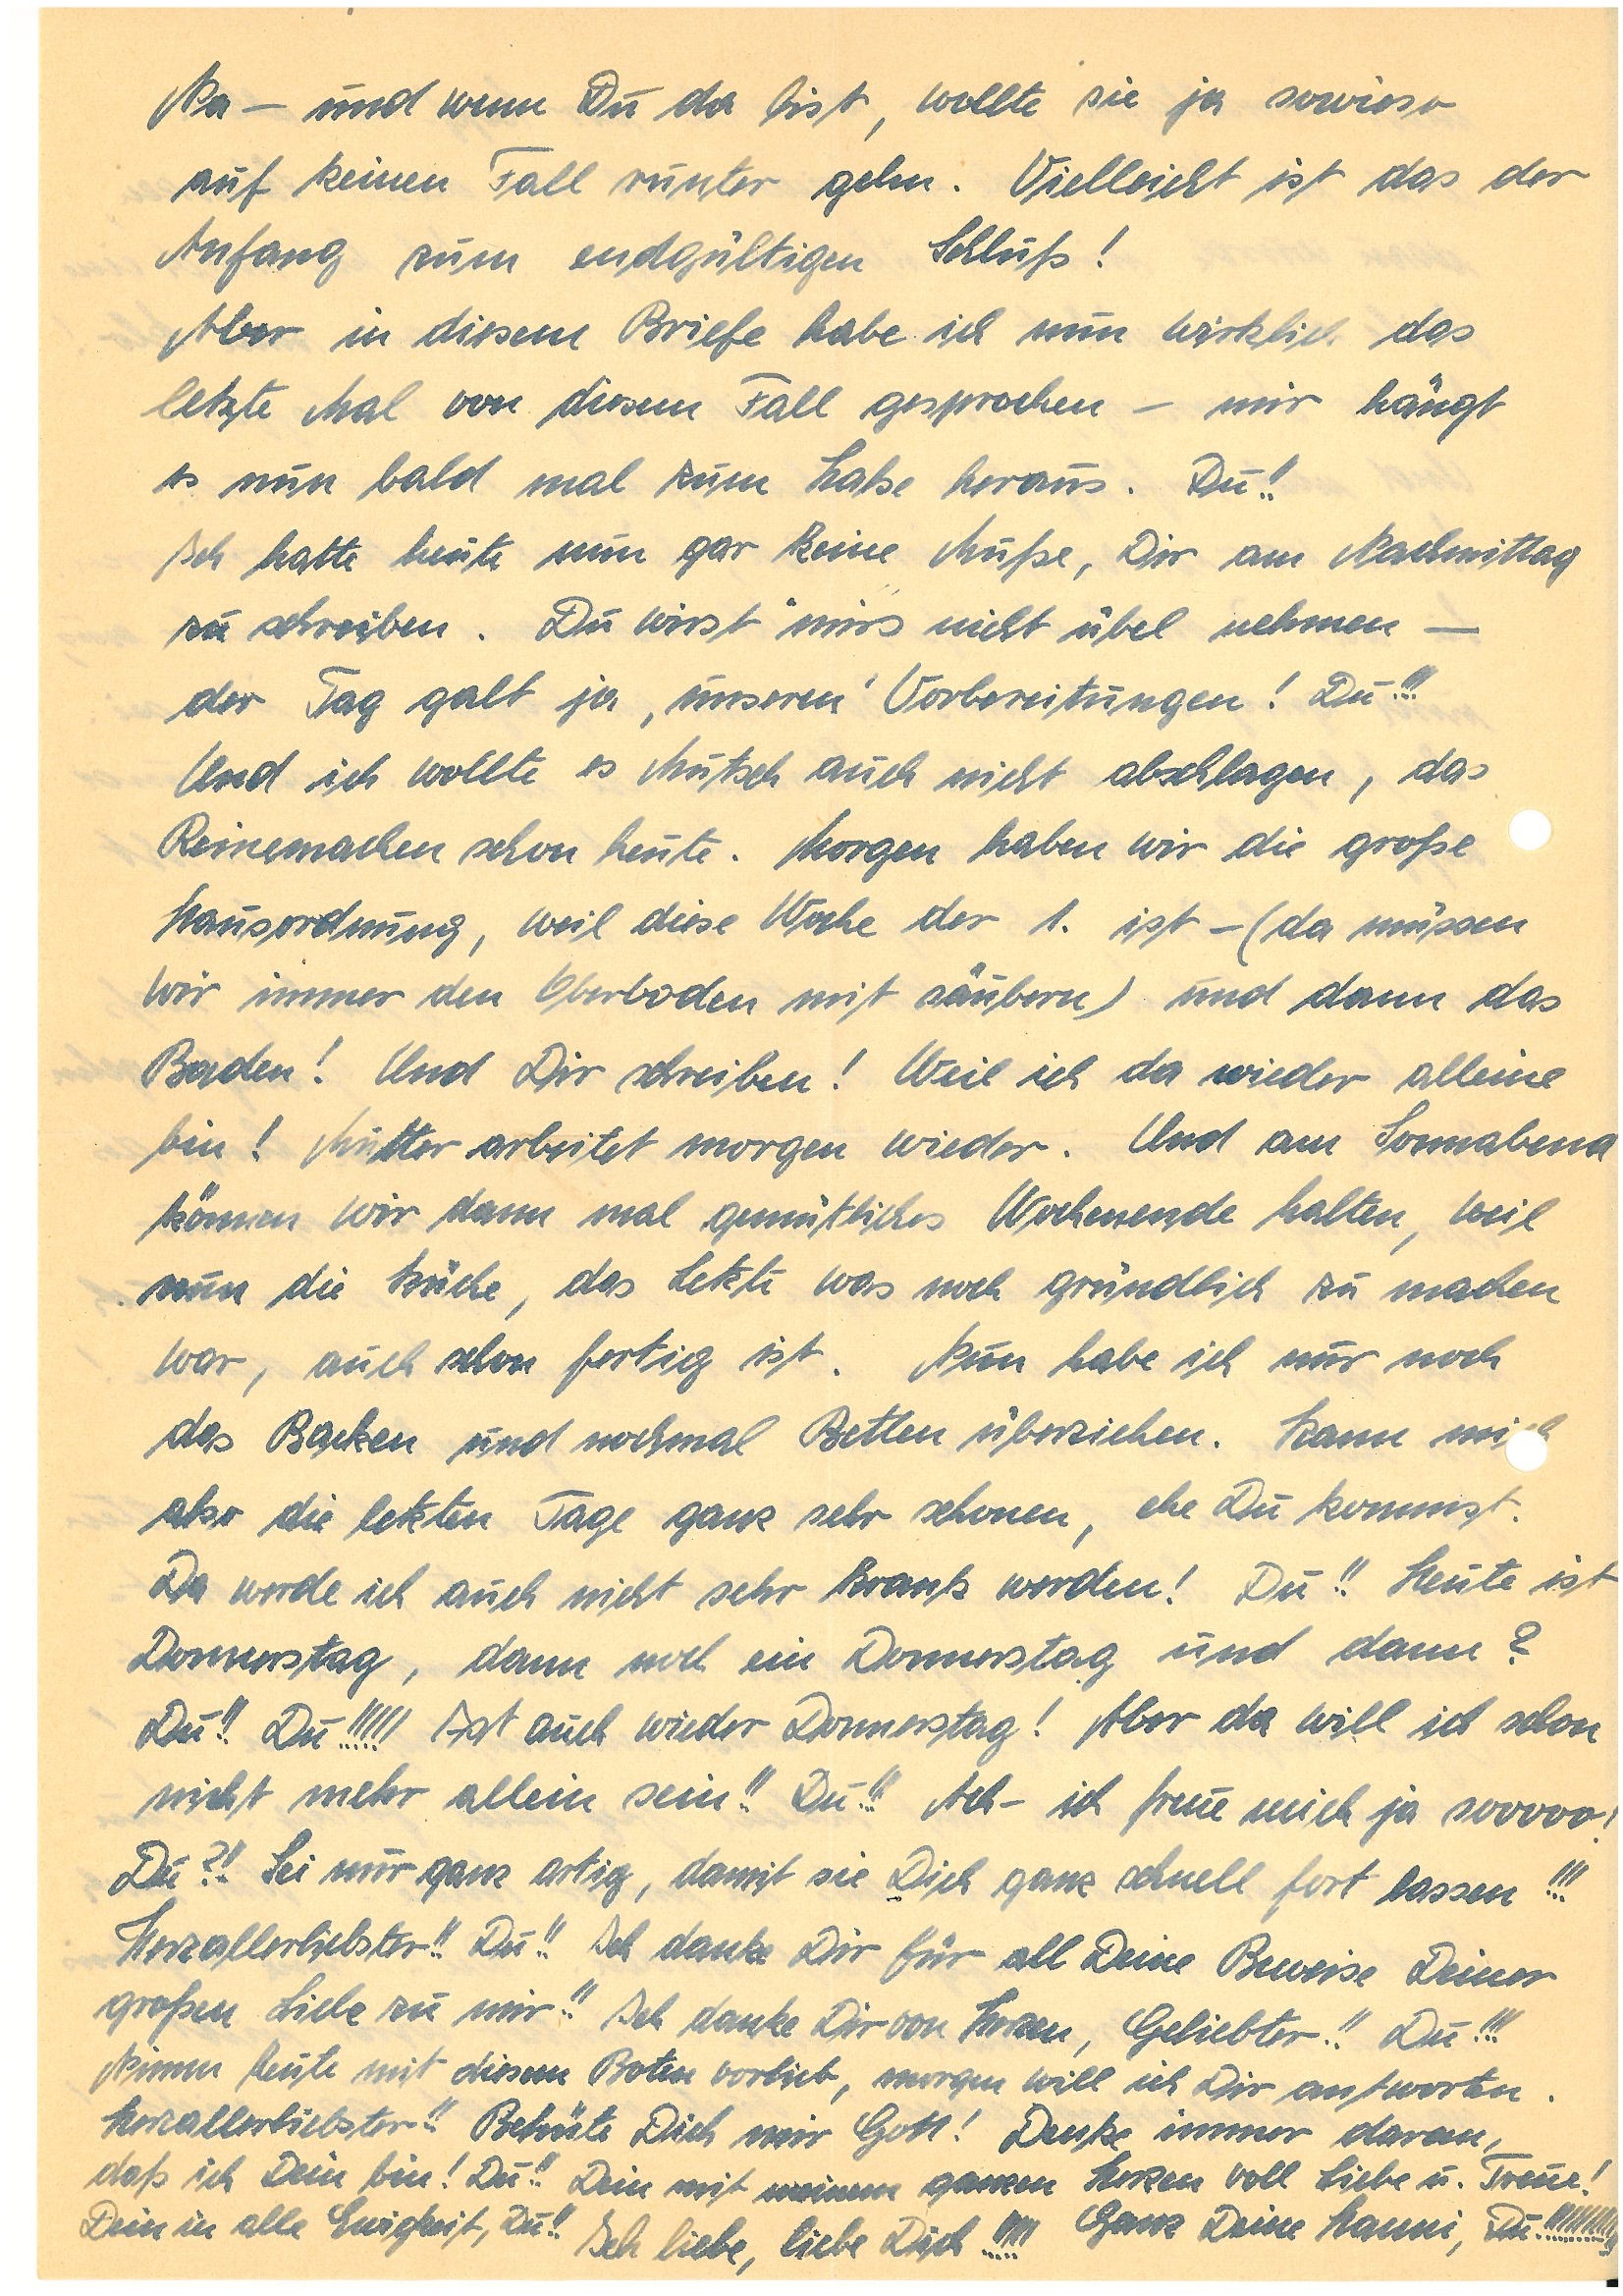
Na – und wenn Du da bist, wollte sie ja sowieso
auf keinen Fall runter gehen. Vielleicht ist das der
Anfang zum endgültigen Schluß!
Aber in diesem Briefe habe ich nun wirklich das
letzte Mal von diesem Fall gesprochen – mir hängt
es nun bald mal zum Halse heraus. Du!!
Ich hatte heute nun gar keine Muße, Dir am Nachmittag
zu schreiben. Du wirst mirs‘ nicht übel nehmen –
der Tag galt ja „unseren“ Vorbereitungen! Du!!!!
Und ich wollte es Mutsch auch nicht abschlagen, das
Reinemachen schon heute. Morgen haben wir die große
Hausordnung, weil diese Woche der 1. ist – (da müssen
wir immer den Oberboden mit säubern) und dann das
Baden! Und Dir schreiben! Weil ich da wieder alleine
bin! Mutter arbeitet morgen wieder. Und am Sonnabend
können wir dann mal gemütliches Wochenende halten, weil
nun die Küche, das letzte was noch gründlich zu machen
war, auch schon fertig ist. Nun habe ich nur noch
das Backen und nochmal Betten überziehen. Kann mich
aber die letzten Tage ganz sehr schonen, ehe Du kommst.
Da werde ich auch nicht sehr krank werden! Du!! Heute ist
Donnerstag, dann noch ein Donnerstag und dann?
Du!! Du!!!!! Ist auch wieder Donnerstag! Aber da will ich schon
nicht mehr allein sein!! Du!!! Ach – ich freue mich ja sooooo!
Du?! Sei mir ganz artig, damit sie Dich ganz schnell fort lassen!!!
Herzallerliebster!! Du!! Ich danke Dir für all Deine Beweise Deiner
großen Liebe zu mir!! Ich danke Dir von Herzen, Geliebter!! Du!!!
Nimm heute mit diesem Boten vorlieb, morgen will ich Dir antworten.
Herzallerliebster!! Behüte Dich mir Gott! Denke immer daran,
daß ich Dein bin! Du!! Dein mit meinem ganzen Herzen voll Liebe u Treue!
Dein in alle Ewigkeit, Du!! Ich liebe, liebe Dich!!!!! Ganz deine , Du!!!!!!!!!!!!!!!!!!!!!!!